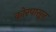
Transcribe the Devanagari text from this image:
कोरपासून